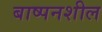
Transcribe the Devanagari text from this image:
बाष्पनशील